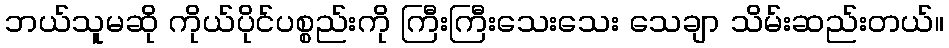
ဘယ်သူမဆို ကိုယ်ပိုင်ပစ္စည်းကို ကြီးကြီးသေးသေး သေချာ သိမ်းဆည်းတယ်။